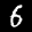
Label: 6